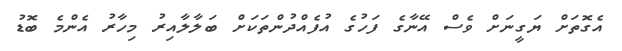
އެގޮތަށް ޔަގީނަށް ވެސް އޭނާގެ ފަހުގެ އުފެއްދުންތަކަށް ބަލާލާއިރު މިހާރު އެންމެ ބޮޑު